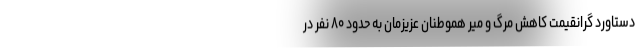
دستاورد گرانقیمت کاهش مرگ و میر هموطنان عزیزمان به حدود ۸۰ نفر در